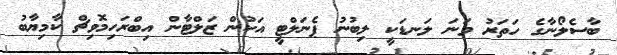
ބާސެލޯނާގެ ހަތަރު ވަނަ ލަނޑަކީ ލިބުނު ޕެނަލްޓީ އަކުން ޒަލްޓާން އިބްރަހިމޮވިޗް ކާމިޔާބު